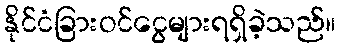
နိုင်ငံခြားဝင်ငွေများရရှိခဲ့သည်။